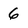
Character: 6